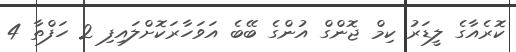
ކޮރެއާގެ ލީޑަރު ކިމް ޖޮންގް އުންގެ ބޭބެ އަވަހާރަކޮށްލައިފި 2 ހަފްތާ 4